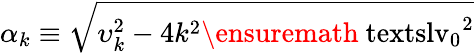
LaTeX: \alpha_{k}\equiv\sqrt{\smash[b]{\upsilon_{k}^{2}}-\smash[b]{4k^{2}\ensuremath{\mathrm{\ textsl{v}}_{0}}^{2}}}